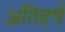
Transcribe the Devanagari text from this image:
अतिहर्ष